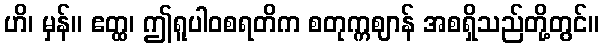
ဟိ၊ မှန်။ ဧတ္ထ၊ ဤရူပါဝစရတိက စတုက္ကဈာန် အစရှိသည်တို့တွင်။